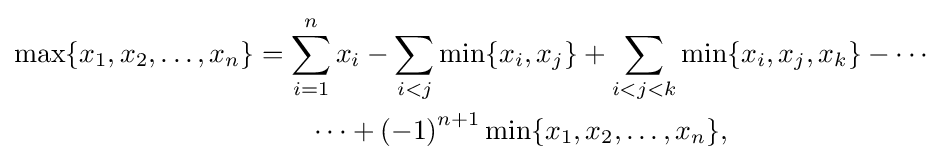
{\begin{aligned}\max\{x_{1},x_{2},\ldots ,x_{n}\}&=\sum _{i=1}^{n}x_{i}-\sum _{i<j}\min\{x_{i},x_{j}\}+\sum _{i<j<k}\min\{x_{i},x_{j},x_{k}\}-\cdots \\&\qquad \cdots +\left(-1\right)^{n+1}\min\{x_{1},x_{2},\ldots ,x_{n}\},\end{aligned}}